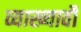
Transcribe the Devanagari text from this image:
व्याख्यावौं